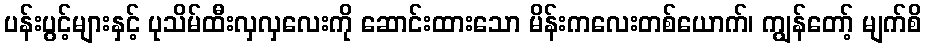
ပန်းပွင့်များနှင့် ပုသိမ်ထီးလှလှလေးကို ဆောင်းထားသော မိန်းကလေးတစ်ယောက်၊ ကျွန်တော့် မျက်စိ